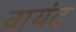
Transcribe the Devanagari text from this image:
वायंद